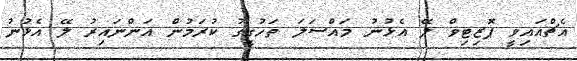
އެޗްއައިވީ ޕޮޒިޓިވް ލޭ އެޅުނު މައްސަލަ ތަހުގީގު ކުރަމުން އަންނައިރު ލޭ އެޅުނު